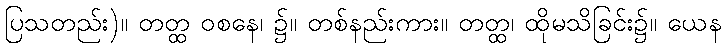
ပြသတည်း)။ တတ္ထ ဝစနေ၊ ၌။ တစ်နည်းကား။ တတ္ထ၊ ထိုမသိခြင်း၌။ ယေန